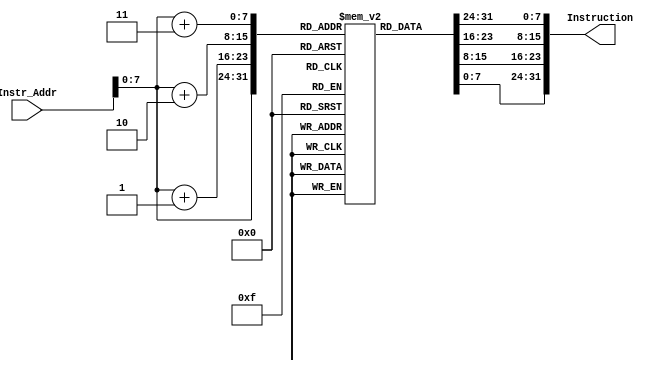
`timescale 1ns / 1ps
module instruction_Memory(
input [63:0] Instr_Addr,
output reg [31:0] Instruction
);

reg [7:0] IM [255:0];
initial 
begin
// addi x10 x0 0x100
//IM[0] <= 8'h13;
//IM[1] <= 8'h05;
//IM[2] <= 8'h00;
//IM[3] <= 8'h10;

// ld x9 0x100(x0)
//IM[0] <= 8'h83;
//IM[1] <= 8'h34;
//IM[2] <= 8'h00;
//IM[3] <= 8'h10;

// add x10 x9 x9
//IM[4] <= 8'h33;
//IM[5] <= 8'h85;
//IM[6] <= 8'h94;
//IM[7] <= 8'h00;

// load hazard + forwarding
// ld x2 0x100(x0)
//IM[0] <= 8'h03;
//IM[1] <= 8'h31;
//IM[2] <= 8'h00;
//IM[3] <= 8'h10;

// addi x2 x0 50
//IM[0] <= 8'h13;
//IM[1] <= 8'h01;
//IM[2] <= 8'h20;
//IM[3] <= 8'h03;

//// add x3 x2 x2
//IM[4] <= 8'hb3;
//IM[5] <= 8'h01;
//IM[6] <= 8'h21;
//IM[7] <= 8'h00;

//// add x4 x3 x2
//IM[8] <= 8'h33;
//IM[9] <= 8'h82;
//IM[10] <= 8'h21;
//IM[11] <= 8'h00;

//// add x4 x2 x2
//IM[12] <= 8'h33;
//IM[13] <= 8'h02;
//IM[14] <= 8'h21;
//IM[15] <= 8'h00;

// control hazard
////beq x0 x0 20
//IM[0] <= 8'h63;	
//IM[1] <= 8'h0a;	
//IM[2] <= 8'h00;	
//IM[3] <= 8'h00;	

////addi x1 x0 2	
//IM[4] <= 8'h93;	
//IM[5] <= 8'h00;	
//IM[6] <= 8'h20;	
//IM[7] <= 8'h00;	

////addi x1 x0 3	
//IM[8] <= 8'h93;	
//IM[9] <= 8'h00;	
//IM[10] <= 8'h30;	
//IM[11] <= 8'h00;	

////addi x1, x0, 4
//IM[12] <= 8'h93;	
//IM[13] <= 8'h00;	
//IM[14] <= 8'h40;	
//IM[15] <= 8'h00;	

////addi x1 x0 5
//IM[16] <= 8'h93;	
//IM[17] <= 8'h00;	
//IM[18] <= 8'h50;	
//IM[19] <= 8'h00;	

////addi x1 x0 6
//IM[20] <= 8'h93;	
//IM[21] <= 8'h00;	
//IM[22] <= 8'h60;	
//IM[23] <= 8'h00;	

// Bubble Sort
IM[0] <= 8'h13;
IM[1] <= 8'h05;
IM[2] <= 8'h00;
IM[3] <= 8'h10;
IM[4] <= 8'h93;
IM[5] <= 8'h05;
IM[6] <= 8'h40;
IM[7] <= 8'h00;
IM[8] <= 8'h63;
IM[9] <= 8'h02;
IM[10] <= 8'h05;
IM[11] <= 8'h04;
IM[12] <= 8'h63;
IM[13] <= 8'h80;
IM[14] <= 8'h05;
IM[15] <= 8'h04;
IM[16] <= 8'h13;
IM[17] <= 8'h84;
IM[18] <= 8'h15;
IM[19] <= 8'h00;
IM[20] <= 8'h13;
IM[21] <= 8'h04;
IM[22] <= 8'hf4;
IM[23] <= 8'hff;
IM[24] <= 8'h63;
IM[25] <= 8'h0a;
IM[26] <= 8'h04;
IM[27] <= 8'h02;
IM[28] <= 8'h13;
IM[29] <= 8'h04;
IM[30] <= 8'hf4;
IM[31] <= 8'hff;
IM[32] <= 8'hb3;
IM[33] <= 8'h04;
IM[34] <= 8'h00;
IM[35] <= 8'h00;
IM[36] <= 8'h13;
IM[37] <= 8'h9e;
IM[38] <= 8'h34;
IM[39] <= 8'h00;
IM[40] <= 8'h33;
IM[41] <= 8'h0e;
IM[42] <= 8'hae;
IM[43] <= 8'h00;
IM[44] <= 8'h03;
IM[45] <= 8'h3a;
IM[46] <= 8'h0e;
IM[47] <= 8'h00;
IM[48] <= 8'h83;
IM[49] <= 8'h3a;
IM[50] <= 8'h8e;
IM[51] <= 8'h00;
IM[52] <= 8'h63;
IM[53] <= 8'h46;
IM[54] <= 8'h5a;
IM[55] <= 8'h01;
IM[56] <= 8'h23;
IM[57] <= 8'h30;
IM[58] <= 8'h5e;
IM[59] <= 8'h01;
IM[60] <= 8'h23;
IM[61] <= 8'h34;
IM[62] <= 8'h4e;
IM[63] <= 8'h01;
IM[64] <= 8'h93;
IM[65] <= 8'h84;
IM[66] <= 8'h14;
IM[67] <= 8'h00;
IM[68] <= 8'he3;
IM[69] <= 8'hc0;
IM[70] <= 8'h84;
IM[71] <= 8'hfe;
IM[72] <= 8'he3;
IM[73] <= 8'h08;
IM[74] <= 8'h00;
IM[75] <= 8'hfc;
IM[76] <= 8'h63;
IM[77] <= 8'h02;
IM[78] <= 8'h00;
IM[79] <= 8'h00;
end
always @(*)
begin 
    Instruction <= {IM[Instr_Addr+3],IM[Instr_Addr+2],IM[Instr_Addr+1],IM[Instr_Addr]};
end 

endmodule